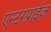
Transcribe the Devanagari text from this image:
एन्टरप्राईज़